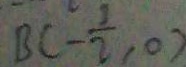
B C - \frac { 1 } { 2 } , 0 )